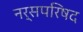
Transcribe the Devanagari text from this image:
नर्सपरिषद